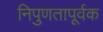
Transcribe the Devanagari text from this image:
निपुणतापूर्वक